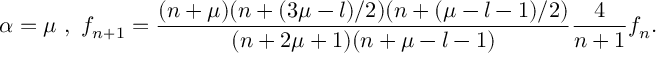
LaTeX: \alpha = \mu \ , \ f _ { n + 1 } = \frac { ( n + \mu ) ( n + ( 3 \mu - l ) / 2 ) ( n + ( \mu - l - 1 ) / 2 ) } { ( n + 2 \mu + 1 ) ( n + \mu - l - 1 ) } \frac { 4 } { n + 1 } f _ { n } .